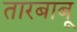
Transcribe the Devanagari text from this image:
तारबाबू